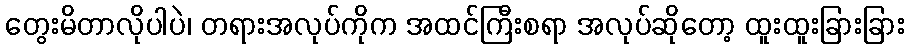
တွေးမိတာလိုပါပဲ၊ တရားအလုပ်ကိုက အထင်ကြီးစရာ အလုပ်ဆိုတော့ ထူးထူးခြားခြား